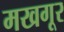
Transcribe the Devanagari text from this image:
मखगूर